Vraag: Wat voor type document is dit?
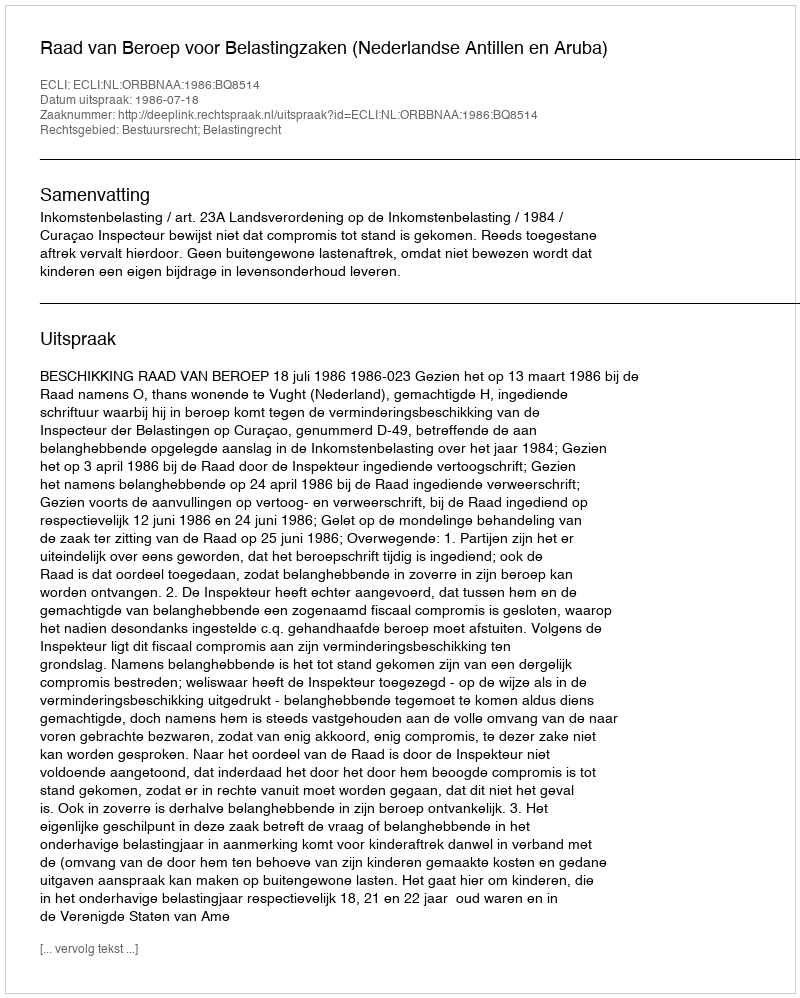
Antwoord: Uitspraak